Civil Veterinary Department. Madras. Admin. report 1926-33 - 1926-1933
Year: 1926
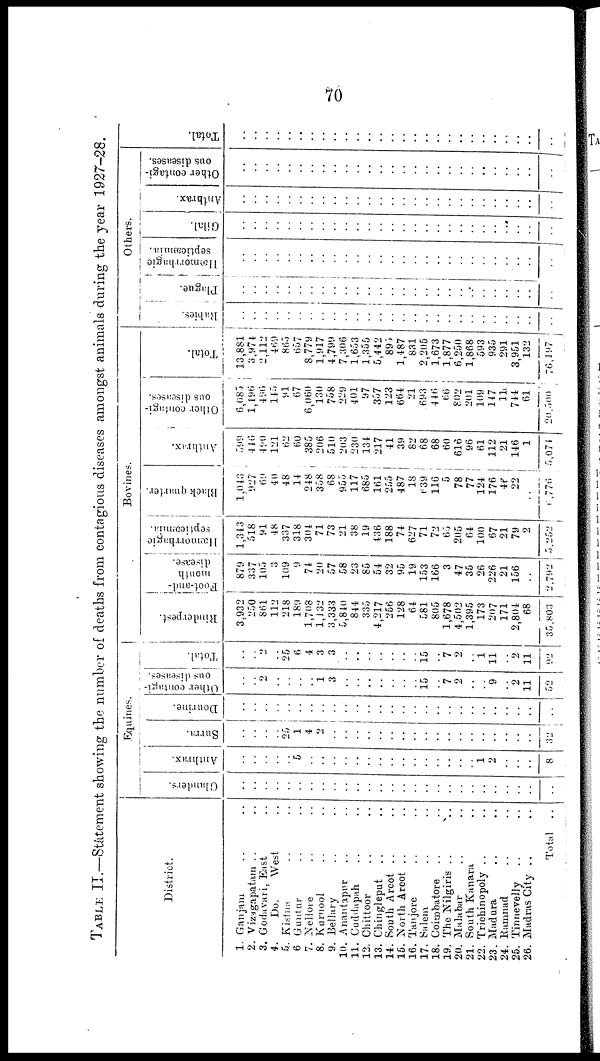
70
TABLEII.—Statement showing the number of deaths from contagious diseases amongst animals during the year 1927-28.
District.
1. Ganjam .. ..
2. Vizagapatam .. ..
3. Godavari, East ..
4.
Do.
West ..
5. Kistna .. ..
6 Guntur .. ..
7. Nellore .. ..
8. Kurnool .. ..
9. Bellary .. ..
10. Anatapur .. ..
11. Cuddapah .. ..
12. Chittoor .. ..
13. Chinglepat .. ..
14. South Arcot .. ..
15. North Arcot .. ..
16. Tanjore .. ..
17. Salem .. ..
18. Coimbatore .. ..
19. The Nilgiris .. ..
20. Malabar .. ..
21. South Kanara .. ..
22. Triohinopoly .. ..
23. Madura
24. Ramnad .. ..
25. Tinnevelly .. ..
26. Madras City .. ..
Total ..
Equines.
Glanders.
..
..
..
..
..
..
..
..
..
..
..
..
..
..
..
..
..
..
..
..
..
..
..
..
..
..
..
Anthrax.
..
..
..
..
..
5
..
..
..
..
..
..
..
..
..
..
..
..
..
..
..
1
2
..
..
..
8
Surra.
..
..
..
..
25
1
4
2
..
..
..
..
..
..
..
..
..
..
..
..
..
..
..
..
..
..
32
Dourine.
..
..
..
..
..
..
..
..
..
..
..
..
..
..
..
..
..
..
..
..
..
..
..
..
..
..
..
Other contagi-
ous diseases.
..
..
2
..
..
..
..
1
3
..
..
..
..
..
..
..
15
..
7
2
..
..
9
..
2
11
52
Total.
..
..
..
..
25
6
4
3
3
..
..
..
..
..
..
..
15
..
7
2
..
1
11
..
2
11
92
Bovines.
Rinderpest.
3,932
250
861
112
218
189
1,708
1,132
3,333
5,840
844
335
4,217
256
128
64
581
805
1,678
4,502
1,395
173
207
171
2,804
68
35,803
Foot-and-
mouth
disease.
879
337
105
3
109
9
74
20
57
58
23
85
54
32
95
19
153
166
3
47
35
26
226
21
156
..
2,792
Hæmorrhagic
septicæmia.
1,343
518
91
48
337
318
304
71
73
21
38
19
436
188
74
627
71
72
65
205
64
100
67
21
79
2
5,252
Black quarter.
1,043
927
69
40
48
14
248
358
68
955
117
685
161
255
487
18
639
116
5
78
77
124
176
46
22
..
6,776
Anthrax.
599
446
490
121
62
60
385
206
510
203
230
134
217
41
39
82
68
68
60
616
96
61
112
21
146
1
5,071
Other contagi-
ous diseases.
6,085
1,196
496
145
91
67
6,060
130
758
229
401
97
357
123
664
21
693
446
66
802
201
109
147
11
744
61
20,500
Total.
13,881
3,974
2,112
469
865
657
8,779
1,917
4,799
7,306
1,653
1,355
5,442
895
1,487
831
2,205
1,673
1,877
6,250
1,868
593
935
291
3,951
132
76,197
Others.
Rabies.
..
..
..
..
..
..
..
..
..
..
..
..
..
..
..
..
..
..
..
..
..
..
..
..
..
..
..
Plague.
..
..
..
..
..
..
..
..
..
..
..
..
..
..
..
..
..
..
..
..
..
..
..
..
..
..
..
Hæmorrhagic
septicæmia.
..
..
..
..
..
..
..
..
..
..
..
..
..
..
..
..
..
..
..
..
..
..
..
..
..
..
..
Gilal.
..
..
..
..
..
..
..
..
..
..
..
..
..
..
..
..
..
..
..
..
..
..
..
..
..
..
..
Anthrax.
..
..
..
..
..
..
..
..
..
..
..
..
..
..
..
..
..
..
..
..
..
..
..
..
..
..
..
Other contagi-
ous diseases.
..
..
..
..
..
..
..
..
..
..
..
..
..
..
..
..
..
..
..
..
..
..
..
..
..
..
..
Tot al .
..
..
..
..
..
..
..
..
..
..
..
..
..
..
..
..
..
..
..
..
..
..
..
..
..
..
..